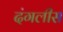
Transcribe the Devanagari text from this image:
दंगलीस